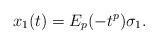
LaTeX: \begin{align*} x_1(t) = E_p(-t^p) \sigma_1. \end{align*}